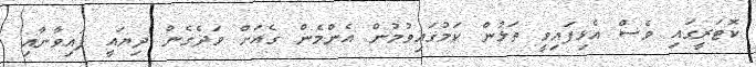
ކޮޓަރީގައި ވެސް އެޅިފައިވީ ތަޅުން ކަމުގައިވުމުން އެންމެން ގެއަށް ވަދެގެން ދިޔައީ ފައިވާނާއި